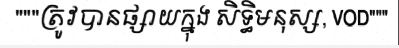
"""ត្រូវបានផ្សាយក្នុង សិទ្ធិមនុស្ស, VOD"""